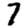
Digit: 7